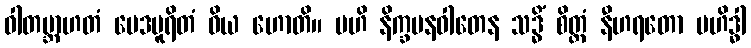
ဝါတဗ္ဘာဟတံ မေဒပူရိတံ ဝိယ ဟောတိ။ ဗဟိ နိက္ခမနဝါတေန သဒ္ဓိံ စိတ္တံ နီဟရတော ဗဟိဒ္ဓါ